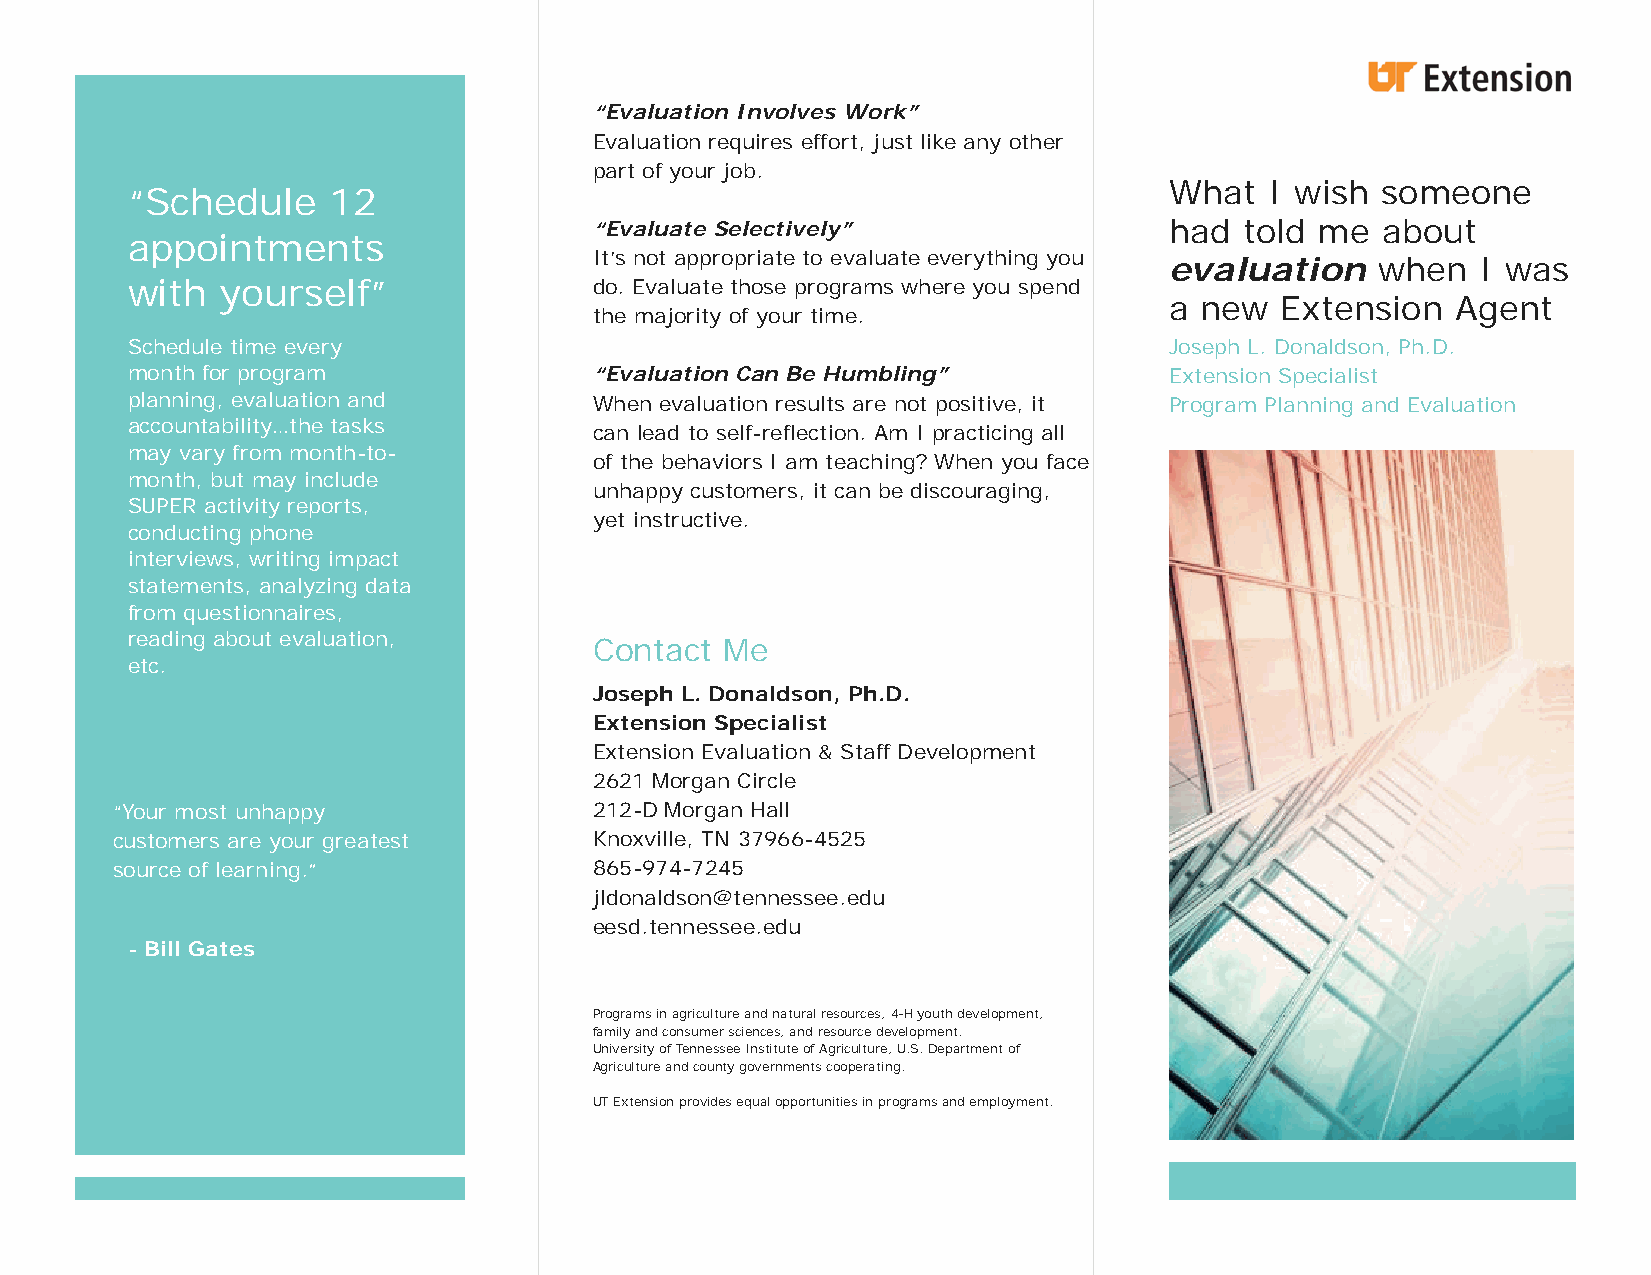
“Evaluation Involves Work”
 Evaluation requires effort, just like any other
 part of your job.
 What   I wish someone
 “Schedule     12
 “Evaluate Selectively”                had  told me  about
 appointments
 It’s not appropriate to evaluate everything you
 evaluation    when   I was
 with   yourself”               do. Evaluate those programs where you spend
 a new   Extension  Agent
 the majority of your time.
 Schedule time every                                                  Joseph L. Donaldson, Ph.D.
 month for program              “Evaluation Can Be Humbling”          Extension Specialist
 planning, evaluation and       When evaluation results are not positive, it Program Planning and Evaluation
 accountability…the tasks       can lead to self-reflection. Am I practicing all
 may vary from month-to-
 of the behaviors I am teaching? When you face
 month, but may include
 unhappy customers, it can be discouraging,
 SUPER activity reports,
 yet instructive.
 conducting phone
 interviews, writing impact
 statements, analyzing data
 from questionnaires,
 reading about evaluation,
 Contact  Me
 etc.
 Joseph L. Donaldson, Ph.D.
 Extension Specialist
 Extension Evaluation & Staff Development
 2621 Morgan Circle
 “Your most unhappy              212-D Morgan Hall
 customers are your greatest     Knoxville, TN 37966-4525
 source of learning.”            865-974-7245
 jldonaldson@tennessee.edu
 eesd.tennessee.edu
 - Bill Gates
 Programs in agriculture and natural resources, 4-H youth development,
 family and consumer sciences, and resource development.
 University of Tennessee Institute of Agriculture, U.S. Department of
 Agriculture and county governments cooperating.
 UT Extension provides equal opportunities in programs and employment.